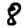
Digit: 8